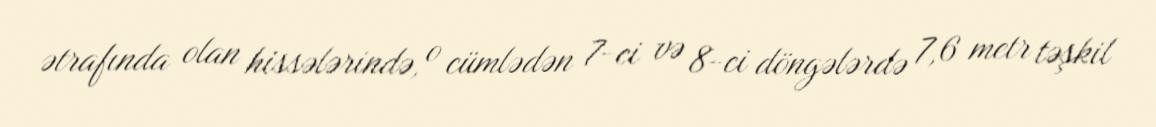
ətrafında olan hissələrində, o cümlədən 7-ci və 8-ci döngələrdə 7,6 metr təşkil